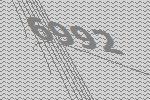
6992